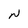
Character: N